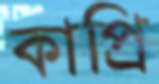
কাপ্রি